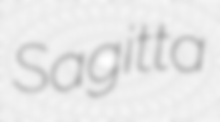
Sagitta